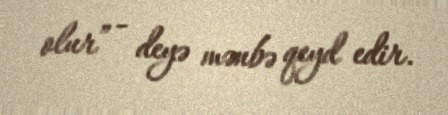
olur” - deyə mənbə qeyd edir.